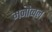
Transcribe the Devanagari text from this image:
मनौव्वल